Annual report of the Punjab Veterinary College and of the Civil Veterinary Department, Punjab - 1926-1932
Year: 1926
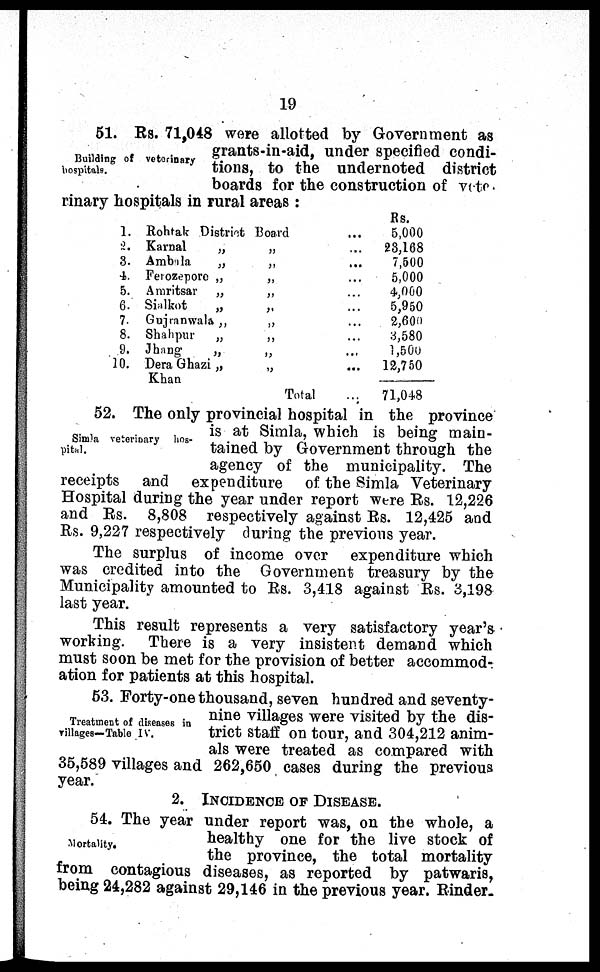
19
Building of veterinary
hospitals.
51. Rs. 71,048 were allotted by Government as
grants-in-aid, under specified condi-
tions, to the undernoted district
boards for the construction of vete-
rinary hospitals in rural areas:
1.
2.
3.
4.
5.
6.
7.
8.
9.
10.
Rohtak District Board ...
Karnal
„
„
...
Ambala
„
„
...
Ferozepore
„
„
...
Amritsar
„ „ ...
Sialkot
„ „ ...
Gujranwala „ „ ...
Shahpur
„ „ ...
Jhang
„
„
...
Dera Ghazi „
„
...
Khan
Total ...
Rs.
5,000
23,168
7,500
5,000
4,000
5,950
2,600
3,580
1,500
12,750
71,048
Simla veterinary hos-
pital.
52. The only provincial hospital in the province
is at Simla, which is being main-
tained by Government through the
agency of the municipality. The
receipts and expenditure of the Simla Veterinary
Hospital during the year under report were Rs. 12,226
and Rs. 8,808 respectively against Rs. 12,425 and
Rs. 9,227 respectively during the previous year.
The surplus of income over expenditure which
was credited into the Government treasury by the
Municipality amounted to Rs. 3,418 against Rs. 3,198
last year.
This result represents a very satisfactory year's
working. There is a very insistent demand which
must soon be met for the provision of better accommod-
ation for patients at this hospital.
Treatment of diseases in
villages—Table IV.
53. Forty-one thousand, seven hundred and seventy-
nine villages were visited by the dis-
trict staff on tour, and 304,212 anim-
als were treated as compared with
35,589 villages and 262,650 cases during the previous
year.
2. INCIDENCE OF DISEASE.
Mortality.
54. The year under report was, on the whole, a
healthy one for the live stock of
the province, the total mortality
from contagious diseases, as reported by patwaris,
being 24,282 against 29,146 in the previous year. Rinder-